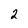
Character: 2